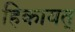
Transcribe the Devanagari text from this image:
हिकायत्‌